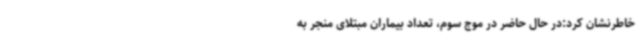
خاطرنشان کرد:در حال حاضر در موج سوم، تعداد بیماران مبتلای منجر به